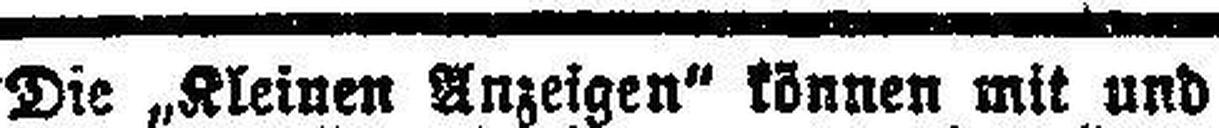
Die „Kleinen Anzeigen“ können mit und